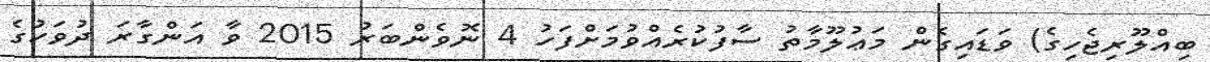
ބިއްލޫރިޖެހިގެ) ވަޑައިގެން މަޢުލޫމާތު ސާފުކުރެއްވުމަށްފަހު 4 ނޮވެންބަރު 2015 ވާ އަންގާރަ ދުވަހުގެ